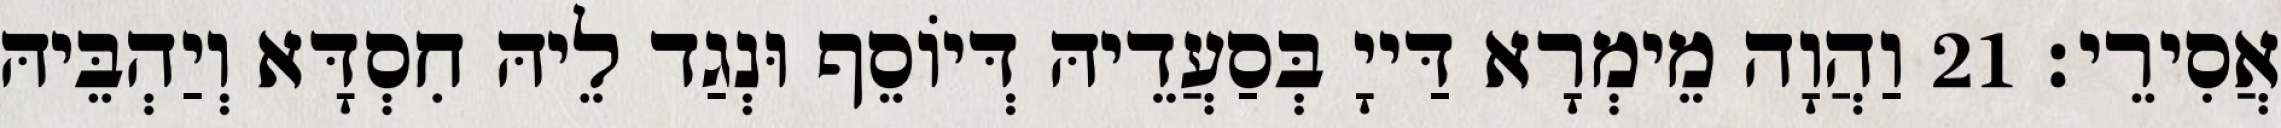
אֲסִירֵי׃ 21 וַהֲוָה מֵימְרָא דַּייָ בְּסַעֲדֵיהּ דְּיוֹסֵף וּנְגַד לֵיהּ חִסְדָּא וְיַהְבֵּיהּ